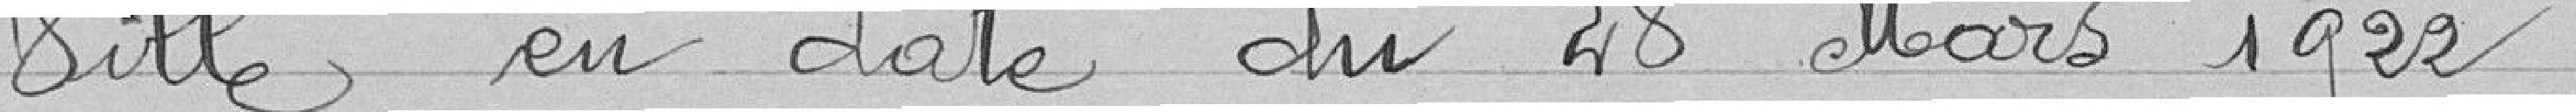
ville, en date du 28 mars 1922.